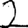
Digit: 2